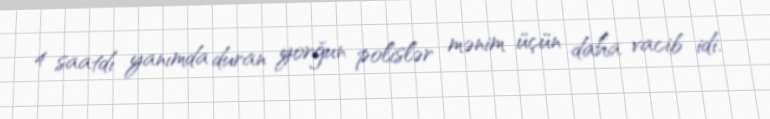
4 saatdı yanımda duran yorğun polislər mənim üçün daha vacib idi.